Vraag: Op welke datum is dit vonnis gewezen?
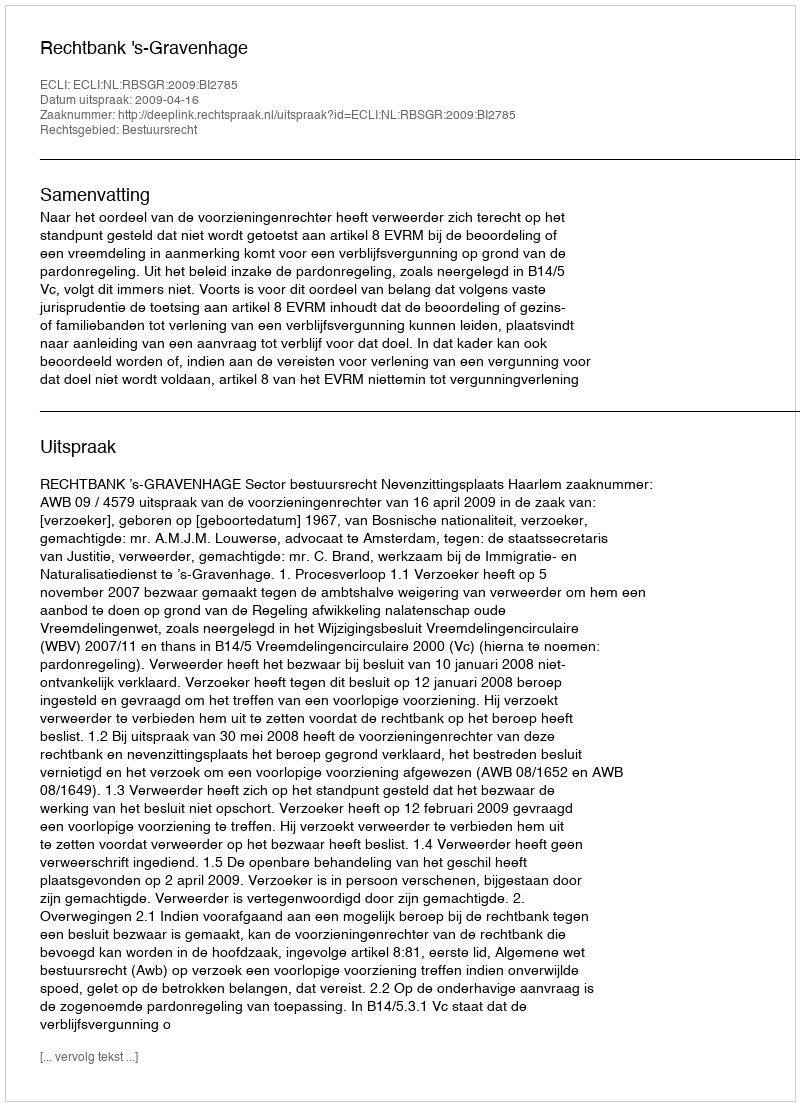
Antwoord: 2009-04-16